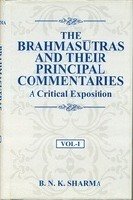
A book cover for Brahma Sutras and Their Principal Commentaries; B.N. Sharma; Religion & Spirituality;